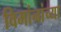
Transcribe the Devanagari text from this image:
विमांनांच्या